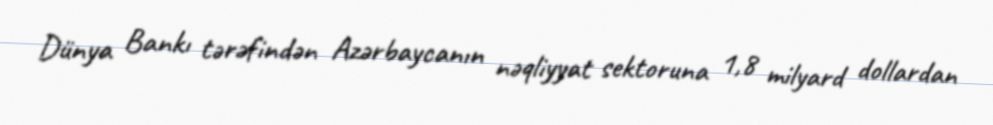
Dünya Bankı tərəfindən Azərbaycanın nəqliyyat sektoruna 1,8 milyard dollardan